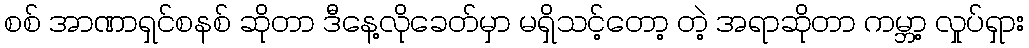
စစ် အာဏာရှင်စနစ် ဆိုတာ ဒီနေ့လိုခေတ်မှာ မရှိသင့်တော့ တဲ့ အရာဆိုတာ ကမ္ဘာ့ လှုပ်ရှား